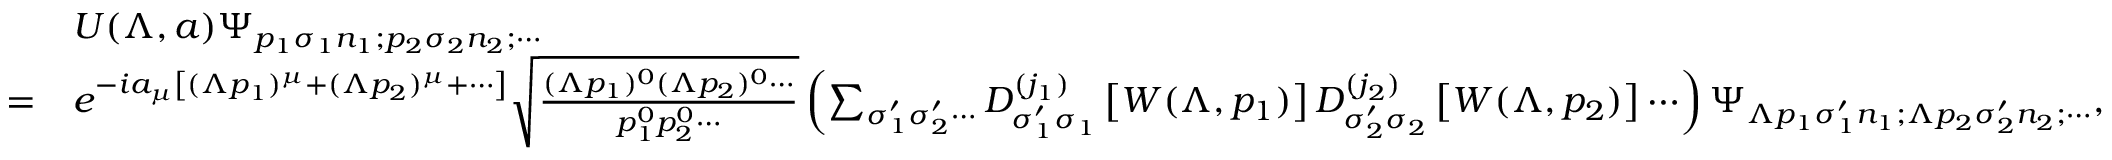
{ \begin{array} { r l } & { U ( \Lambda , a ) \Psi _ { p _ { 1 } \sigma _ { 1 } n _ { 1 } ; p _ { 2 } \sigma _ { 2 } n _ { 2 } ; \cdots } } \\ { = } & { e ^ { - i a _ { \mu } \left[ ( \Lambda p _ { 1 } ) ^ { \mu } + ( \Lambda p _ { 2 } ) ^ { \mu } + \cdots \right] } { \sqrt { \frac { ( \Lambda p _ { 1 } ) ^ { 0 } ( \Lambda p _ { 2 } ) ^ { 0 } \cdots } { p _ { 1 } ^ { 0 } p _ { 2 } ^ { 0 } \cdots } } } \left( \sum _ { \sigma _ { 1 } ^ { \prime } \sigma _ { 2 } ^ { \prime } \cdots } D _ { \sigma _ { 1 } ^ { \prime } \sigma _ { 1 } } ^ { ( j _ { 1 } ) } \left[ W ( \Lambda , p _ { 1 } ) \right] D _ { \sigma _ { 2 } ^ { \prime } \sigma _ { 2 } } ^ { ( j _ { 2 } ) } \left[ W ( \Lambda , p _ { 2 } ) \right] \cdots \right) \Psi _ { \Lambda p _ { 1 } \sigma _ { 1 } ^ { \prime } n _ { 1 } ; \Lambda p _ { 2 } \sigma _ { 2 } ^ { \prime } n _ { 2 } ; \cdots } , } \end{array} }